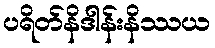
ပရိတ်နိဒါန်းနိဿယ